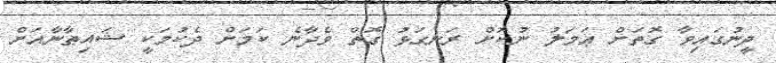
ދީނުގައިވާ ގޮތަށް ޢަމަލު ނުކޮށް ރަނގަޅު ގޮތް ވެދާނެ ކަމަށް ދެކުމަކީ ޝައިޠާނާއަށް